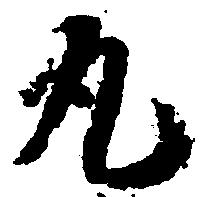
丸